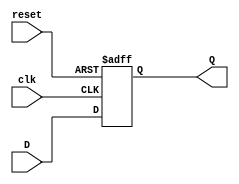
//
// Dependencies
//
// Revision: 0.01
// Additional comments:
//




module D_FF(
	
	input clk,reset,
	input D,
	output reg Q
	);
	
	always @ (negedge clk or negedge reset)
	begin
		if (reset==1'b0)
			Q <= 1'b0;
		else if (clk==1'b0)
			Q <= D;
		end
endmodule